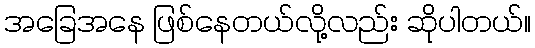
အခြေအနေ ဖြစ်နေတယ်လို့လည်း ဆိုပါတယ်။